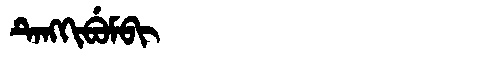
Manchu: ᡨᡝᠩᡴᡳᠪᡠᠮᠪᡳ
Romanization: TENGKIBUMBI